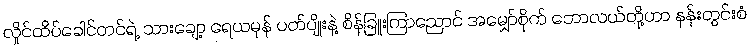
လှိုင်ထိပ်ခေါင်တင်ရဲ့ သားချော့ ရေယမုန် ပတ်ပျိုးနဲ့ စိန်ခြူးကြာညောင် အမျှော်စိုက် ဘောလယ်တို့ဟာ နန်းတွင်းစံ